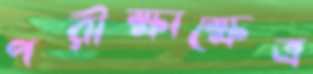
পরীক্ষাক্ষেত্র